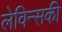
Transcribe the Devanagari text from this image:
लेविन्सकी